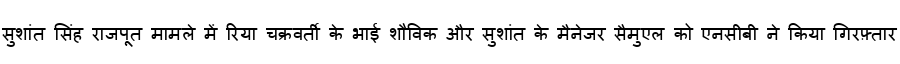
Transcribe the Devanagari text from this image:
सुशांत सिंह राजपूत मामले में रिया चक्रवर्ती के भाई शौविक और सुशांत के मैनेजर सैमुएल को एनसीबी ने किया गिरफ़्तार